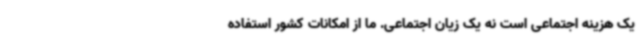
یک هزینه اجتماعی است نه یک زیان اجتماعی. ما از امکانات کشور استفاده